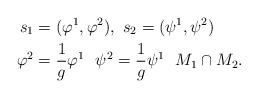
LaTeX: \begin{align*}s_1&= (\varphi^1,\varphi^2), \ s_2=(\psi^1,\psi^2) \ \ \\\varphi^2 &= \frac{1}{g}\varphi^1 \ \ \psi^2 = \frac{1}{g}\psi^1 \ \ M_1\cap M_2.\end{align*}